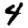
Digit: 4